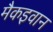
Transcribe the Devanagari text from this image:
मैकइवान